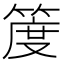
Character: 𥯖